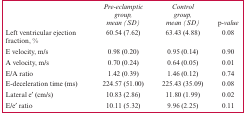
<table><thead><tr><td></td><td><b><i>Pre-eclamptic group, mean (SD)</i></b></td><td><b><i>Control group, mean (SD)</i></b></td><td><b><i>p-value</i></b></td></tr></thead><tbody><tr><td>Left ventricular ejection fraction, %</td><td>60.54 (7.62)</td><td>63.43 (4.88)</td><td>0.08</td></tr><tr><td>E velocity, m/s</td><td>0.98 (0.20)</td><td>0.95 (0.14)</td><td>0.90</td></tr><tr><td>A velocity, m/s</td><td>0.70 (0.24)</td><td>0.64 (0.05)</td><td>0.01</td></tr><tr><td>E/A ratio</td><td>1.42 (0.39)</td><td>1.46 (0.12)</td><td>0.74</td></tr><tr><td>E-deceleration time (ms)</td><td>224.57 (51.00)</td><td>225.43 (35.09)</td><td>0.08</td></tr><tr><td>Lateral e′ (cm/s)</td><td>10.83 (2.86)</td><td>11.80 (1.99)</td><td>0.02</td></tr><tr><td>E/e′ ratio</td><td>10.11 (5.32)</td><td>9.96 (2.25)</td><td>0.11</td></tr></tbody></table>